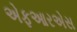
એફઆરએસ